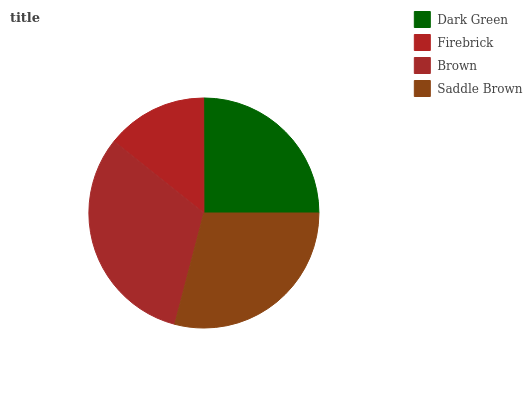
| Dark Green | Firebrick | Brown | Saddle Brown |
 | --- | --- | --- | --- |
 | 25% | 14.2% | 31.7% | 29.1% |